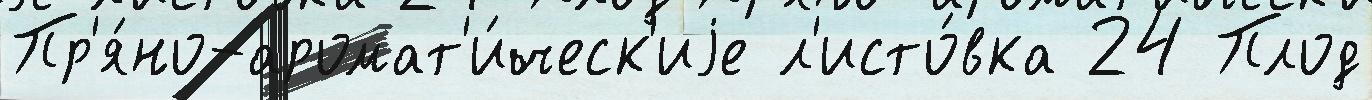
Пр'я́но-аромат'и́ческ'иjе л'исто́вка 24 Плод